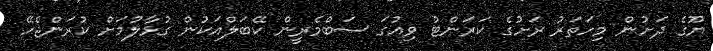
ޔޫގެ ދަށުން މިހަތަރު ރަށުގެ ކަރަންޓު ވިއުގަ ސަބްމެރީން ކޭބަލްއަކުން ގުޅާލުމަށް ކުރަންޖެހޭ